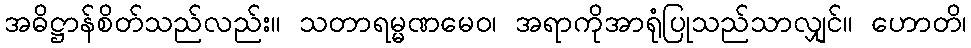
အဓိဋ္ဌာန်စိတ်သည်လည်း။ သတာရမ္မဏမေဝ၊ အရာကိုအာရုံပြုသည်သာလျှင်။ ဟောတိ၊